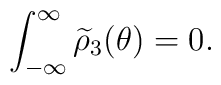
\int_{-\infty}^\infty \widetilde{\rho}_3(\theta)=0 .